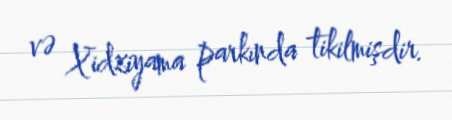
və Xidziyama parkında tikilmişdir.